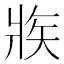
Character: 𤕼